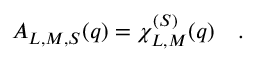
{ \cal A } _ { L , M , S } ( q ) = \chi _ { L , M } ^ { ( S ) } ( q ) \quad .